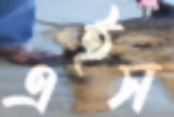
এইস